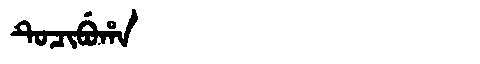
Manchu: ᡨᡠᠴᡳᠪᡠᡥᠠ
Romanization: TUCIBUHA